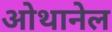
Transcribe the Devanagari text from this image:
ओथानेल